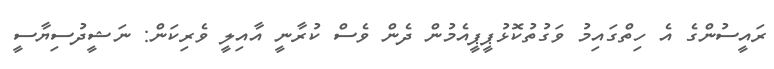
ރައީސުންގެ އެ ހިތްގައިމު ވަގުތުކޮޅުޕީޕީއެމުން ދެން ވެސް ކުރާނީ އާއިލީ ވެރިކަން: ނަޝީދުސިޔާސީ